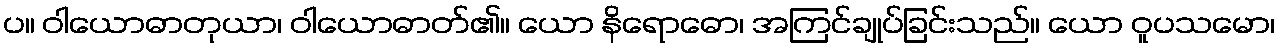
ပ။ ဝါယောဓာတုယာ၊ ဝါယောဓာတ်၏။ ယော နိရောဓော၊ အကြင်ချုပ်ခြင်းသည်။ ယော ဝူပသမော၊